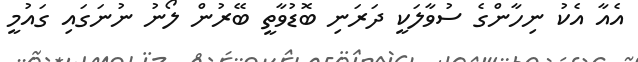
އެއާ އެކު ނިހާންގެ ސުވާލަކީ ދަރަނި ބޮޑުވާތީ ބޭރުން ލޯނު ނުނަގައި ގައުމީ